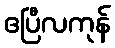
ဧပြီလကုန်